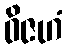
ဝိဇဟံ